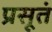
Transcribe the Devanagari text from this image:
प्रसूतं